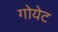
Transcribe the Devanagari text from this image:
गोयेट